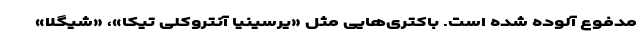
مدفوع آلوده شده است. باکتری‌هایی مثل «یرسینیا آنتروکلی تیکا»، «شیگلا»